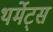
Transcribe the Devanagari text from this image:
थर्मेट्स